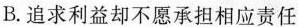
B.追求利益却不愿承担相应责任